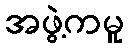
အဖွဲ့ကမူ